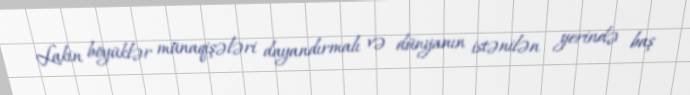
Lakin böyüklər münaqişələri dayandırmalı və dünyanın istənilən yerində baş